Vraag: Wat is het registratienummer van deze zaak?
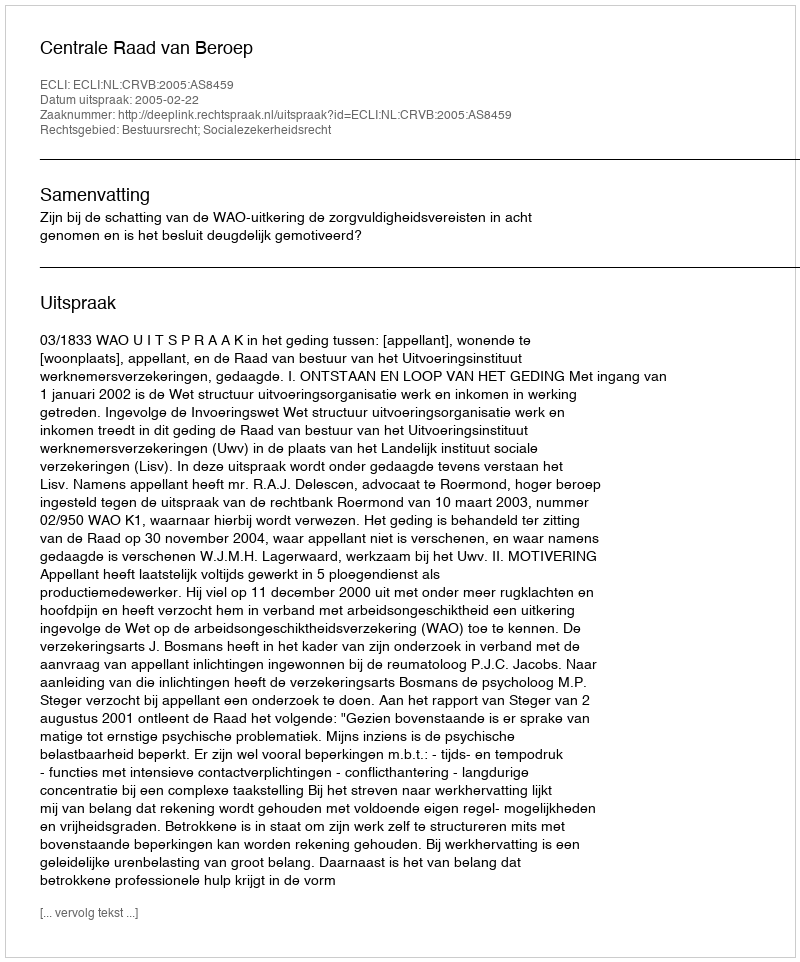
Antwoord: http://deeplink.rechtspraak.nl/uitspraak?id=ECLI:NL:CRVB:2005:AS8459